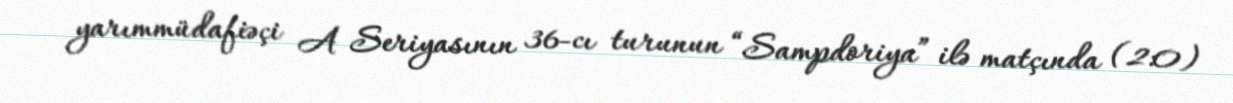
yarımmüdafiəçi A Seriyasının 36-cı turunun “Sampdoriya” ilə matçında (2:0)